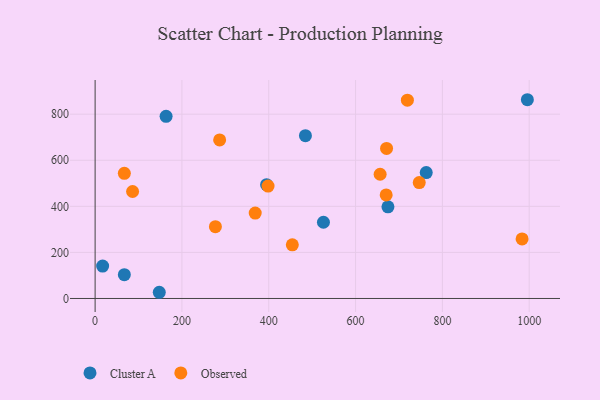
{"axis": {"x": "Price", "y": "Demand"}, "legend": ["Cluster A", "Observed"], "data": [{"x": "762.8", "y": 546.6, "type": "Cluster A"}, {"x": "17.3", "y": 140.6, "type": "Cluster A"}, {"x": "995.8", "y": 862.8, "type": "Cluster A"}, {"x": "484.5", "y": 706.7, "type": "Cluster A"}, {"x": "526.0", "y": 330.9, "type": "Cluster A"}, {"x": "674.6", "y": 397.9, "type": "Cluster A"}, {"x": "163.5", "y": 790.8, "type": "Cluster A"}, {"x": "147.8", "y": 26.9, "type": "Cluster A"}, {"x": "67.3", "y": 103.2, "type": "Cluster A"}, {"x": "395.0", "y": 494.2, "type": "Cluster A"}, {"x": "286.9", "y": 688.2, "type": "Observed"}, {"x": "86.3", "y": 464.4, "type": "Observed"}, {"x": "746.7", "y": 503.0, "type": "Observed"}, {"x": "368.8", "y": 370.8, "type": "Observed"}, {"x": "983.6", "y": 258.3, "type": "Observed"}, {"x": "454.3", "y": 233.1, "type": "Observed"}, {"x": "277.1", "y": 311.6, "type": "Observed"}, {"x": "671.4", "y": 651.4, "type": "Observed"}, {"x": "398.4", "y": 488.1, "type": "Observed"}, {"x": "719.4", "y": 861.0, "type": "Observed"}, {"x": "656.6", "y": 539.2, "type": "Observed"}, {"x": "67.3", "y": 543.2, "type": "Observed"}, {"x": "670.5", "y": 449.7, "type": "Observed"}]}